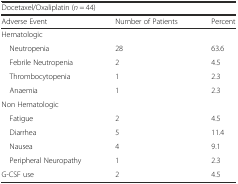
<table><thead><tr><td colspan="3"><b>Docetaxel/Oxaliplatin (<i>n</i> = 44)</b></td></tr><tr><td><b>Adverse Event</b></td><td><b>Number of Patients</b></td><td><b>Percent</b></td></tr></thead><tbody><tr><td>Hematologic</td><td></td><td></td></tr><tr><td> Neutropenia</td><td>28</td><td>63.6</td></tr><tr><td> Febrile Neutropenia</td><td>2</td><td>4.5</td></tr><tr><td> Thrombocytopenia</td><td>1</td><td>2.3</td></tr><tr><td> Anaemia</td><td>1</td><td>2.3</td></tr><tr><td>Non Hematologic</td><td></td><td></td></tr><tr><td> Fatigue</td><td>2</td><td>4.5</td></tr><tr><td> Diarrhea</td><td>5</td><td>11.4</td></tr><tr><td> Nausea</td><td>4</td><td>9.1</td></tr><tr><td> Peripheral Neuropathy</td><td>1</td><td>2.3</td></tr><tr><td>G-CSF use</td><td>2</td><td>4.5</td></tr></tbody></table>